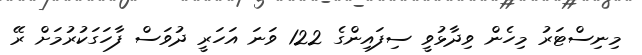
މިނިސްޓަރު މިހެން ވިދާޅުވީ ސިފައިންގެ 122 ވަނަ އަހަރީ ދުވަސް ފާހަގަކުރުމަށް ރޭ